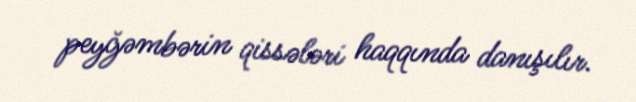
peyğəmbərin qissələri haqqında danışılır.